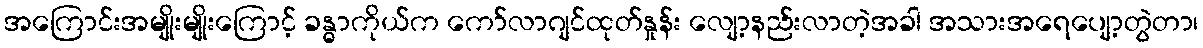
အကြောင်းအမျိုးမျိုးကြောင့် ခန္ဓာကိုယ်က ကော်လာဂျင်ထုတ်နှုန်း လျော့နည်းလာတဲ့အခါ အသားအရေပျော့တွဲတာ၊